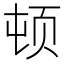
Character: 顿